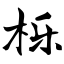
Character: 栎